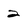
Character: 2